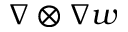
\nabla \otimes \nabla w